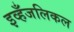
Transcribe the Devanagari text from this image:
इव्हँजलिकल